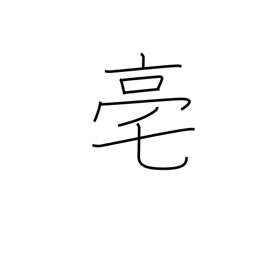
Meaning: an ancient Chinese capital